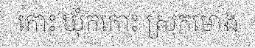
កោះ ឃុំកកោះ ស្រុកមោង